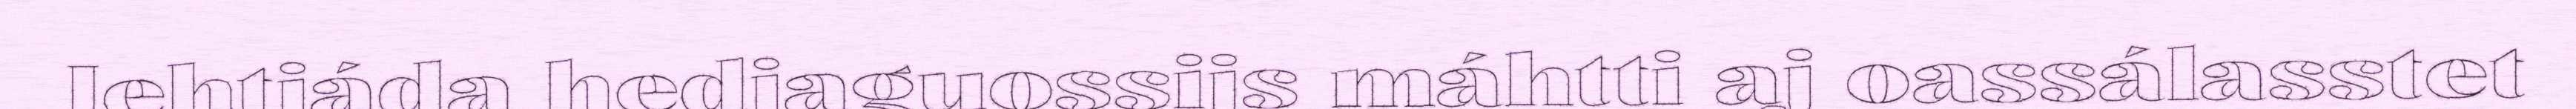
Iehtjáda hedjaguossijs máhtti aj oassálasstet